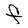
Character: F